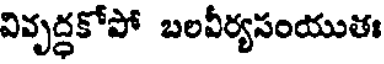
వివృద్ధకోపో బలవీర్యసంయుతః